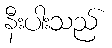
နီးပါးသည်